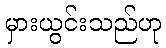
မှားယွင်းသည်ဟု